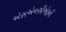
એસએનસીએફની